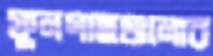
ফুলগাছগুলোর